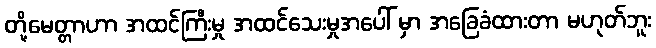
တို့မေတ္တာဟာ အထင်ကြီးမှု အထင်သေးမှုအပေါ် မှာ အခြေခံထားတာ မဟုတ်ဘူး